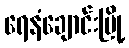
ရေနံချောင်းမြို့